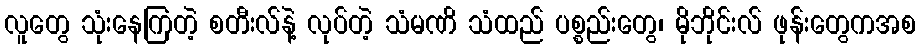
လူတွေ သုံးနေကြတဲ့ စတီးလ်နဲ့ လုပ်တဲ့ သံမဏိ သံထည် ပစ္စည်းတွေ၊ မိုဘိုင်းလ် ဖုန်းတွေကအစ